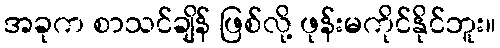
အခုက စာသင်ချိန် ဖြစ်လို့ ဖုန်းမကိုင်နိုင်ဘူး။